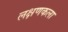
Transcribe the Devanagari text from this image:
लक्षणकला